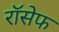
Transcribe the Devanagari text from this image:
रॉसेफ